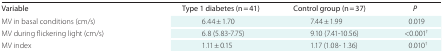
| Variable | Type 1 diabetes (n = 41) | Control group (n = 37) | P |
 | --- | --- | --- | --- |
 | MV in basal conditions (cm/s) | 6.44 ± 1.70 | 7.44 ± 1.99 | 0.019 |
 | MV during flickering light (cm/s) | 6.8 (5.83-7.75) | 9.10 (7.41-10.56) | <0.001† |
 | MV index | 1.11 ± 0.15 | 1.17 (1.08- 1.36) | 0.010† |